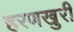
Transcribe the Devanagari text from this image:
हरणखुरी